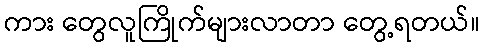
ကား တွေလူကြိုက်များလာတာ တွေ့ရတယ်။